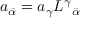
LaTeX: a _ { \bar { \alpha } } = a _ { \gamma } L ^ { \gamma } { } _ { \bar { \alpha } }